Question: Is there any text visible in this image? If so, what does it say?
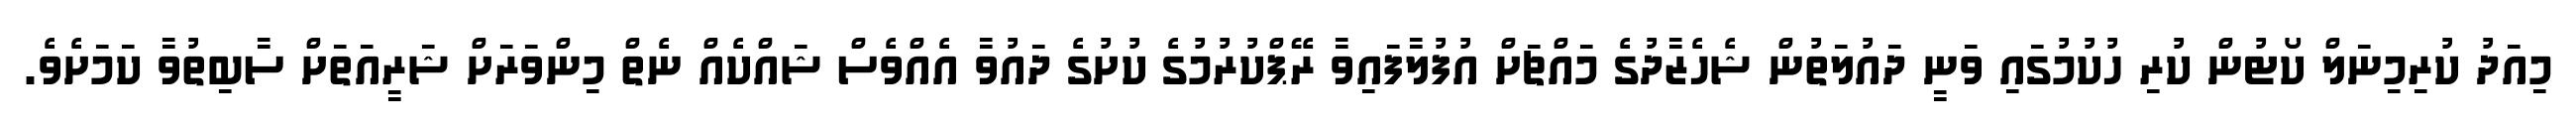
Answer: މިއަދު ކުރިމިނަލް ކޯޓުން ކުރި ހުކުމުގައި ވަނީ ދައުލަތުން ޝެހެޒާދުގެ މައްޗަށް އުފުލާފައިވާ ރޭޕްކުރުމުގެ ކުށުގެ ދައުވާ އެއްވެސް ޝައްކެއް ނެތް މިންވަރަށް ޝަރީއަތަށް ސާބިތުވާ ކަމަށެވެ.